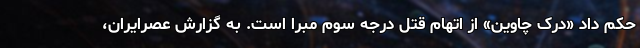
حکم داد «درک چاوین» از اتهام قتل درجه سوم مبرا است. به گزارش عصرایران،